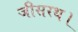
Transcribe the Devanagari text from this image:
जीसरथ।